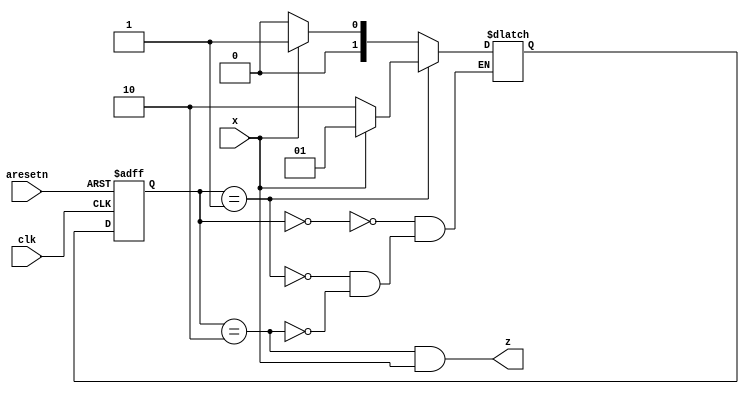
module top_module (
    input clk,
    input aresetn,    // Asynchronous active-low reset
    input x,
    output z ); 

    parameter none = 0 , s1 = 1, s2 = 2;
    reg [1:0] state, next_state;
    
    always @(posedge clk, negedge aresetn) begin
        if (aresetn == 0) begin
           state <= none; 
        end else begin
           state <= next_state; 
        end
    end
    always @(*) begin
        case (state)
            none: next_state = x ? s1 : none;
            s1: next_state = !x ? s2 : s1;
            s2: next_state = x ? s1 : none;
        endcase
    end
    
    assign z = (state == s2) &&  x == 1;
    
endmodule